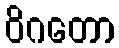
ဝိဂတော